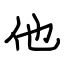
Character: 他